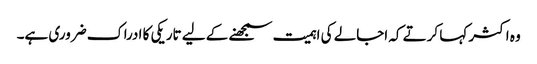
وہ اکثر کہا کرتے کہ اجالے کی اہمیت سمجھنے کے لیے تاریکی کا ادراک ضروری ہے۔